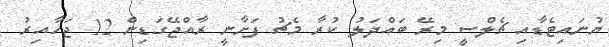
ޔުނައިޓެޑާއި ޗެލްސީ މިރޭ ބައްދަލު ކުރާ މެޗު ފަށާނީ ރާއްޖޭގަޑިން 12 ޖަހާއިރު